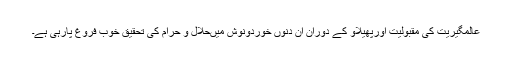
عالمگیریت کی مقبولیت اورپھیلاو کے دوران ان دنوں خوردونوش میںحلال و حرام کی تحقیق خوب فروغ پارہی ہے۔